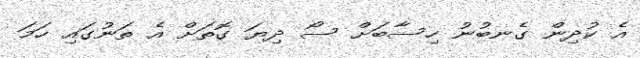
އެ ކުދިން ގެނބުނު ހިސާބަށް ސޯ ދިޔަ ގޮތަށް އެ ތަނުގައި ހަމަ